Senior Leaving Certificate Examination (including Day School Certificate (Higher) General paper), 1948
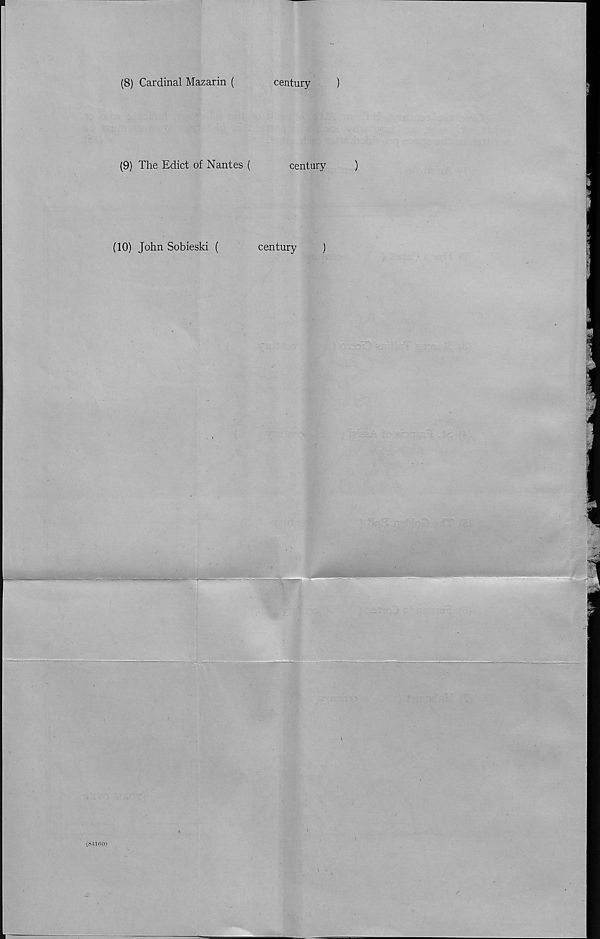
(8) Cardinal Mazarin (
century
)
(9) The Edict of Nantes (
century
)
(10) John Sobieski (
century
)
(8416$)